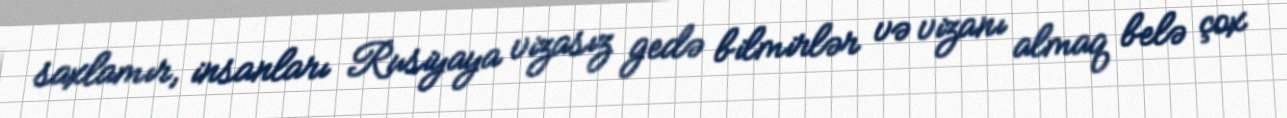
saxlamır, insanları Rusiyaya vizasız gedə bilmirlər və vizanı almaq belə çox